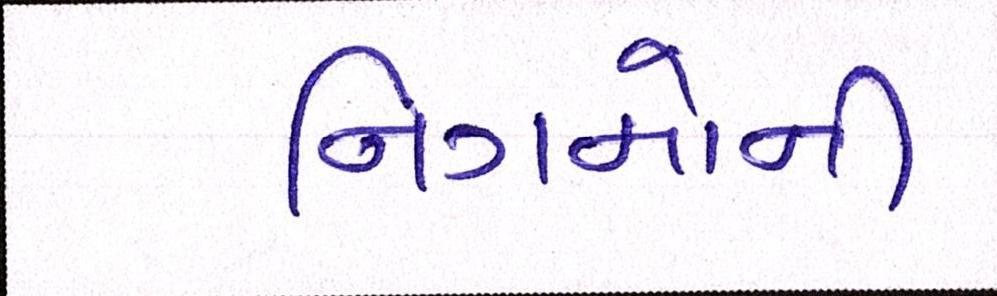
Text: નિગમોની